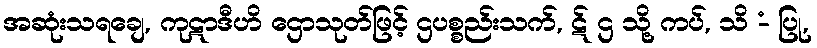
အဆုံးသရချေ, ကုဋာဒီဟိ ဌောသုတ်ဖြင့် ဌပစ္စည်းသက်, ဋ် ဌ သို့ ကပ်, သိ -ံ ပြု,